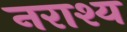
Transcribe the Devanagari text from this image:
नराश्य